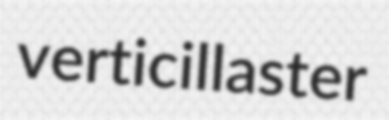
verticillaster